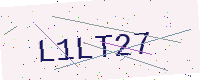
Text: L1LT27